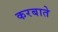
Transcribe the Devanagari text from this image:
करबाते